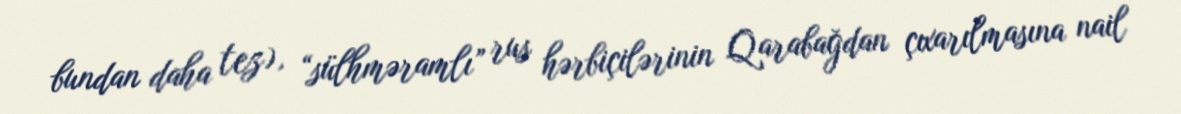
bundan daha tez), “sülhməramlı” rus hərbiçilərinin Qarabağdan çıxarılmasına nail